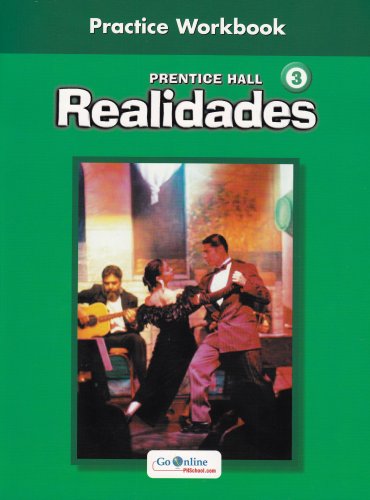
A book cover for PRENTICE HALL SPANISH REALIDADES PRACTICE WORKBOOK LEVEL 3 1ST EDITION  2004C; PRENTICE HALL; Teen & Young Adult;